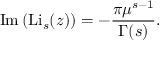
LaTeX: \operatorname { I m } \left( \operatorname { L i } _ { s } ( z ) \right) = - { \frac { \pi \mu ^ { s - 1 } } { \Gamma ( s ) } } .